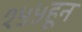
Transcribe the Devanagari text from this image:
१५५हून